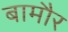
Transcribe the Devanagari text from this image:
बामौर